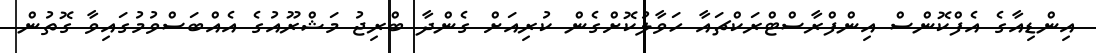
އިންޑިއާގެ އެފްކޮންސް އިންފްރާސްޓްރަކްޗައާ ހަވާލުކޮށްގެން ކުރިއަށް ގެންދާ ބްރިޖު މަޝްރޫއުގެ އެއްބަސްވުމުގައިވާ ގޮތުން